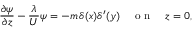
\frac { \partial \psi } { \partial z } - \frac { \lambda } { U } \psi = - m \, \delta ( x ) \delta ^ { \prime } ( y ) \quad \textrm { o n } \quad z = 0 ,